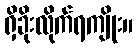
ရှိခိုးလိုက်ရကျိုး။